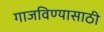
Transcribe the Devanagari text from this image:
गाजविण्यासाठी